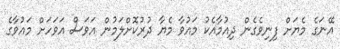
އޭނަގެ މެޔަށް ފިނިވެގެން ދިއުމާއެކު މައުވާ މެޔާ ދުރުކޮށްލަމުން އަވަސް އަވަހަށް މައުވާގެ